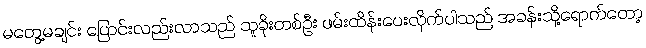
မတွေ့မချင်း ပြောင်းလည်းလာသည် သူခိုးတစ်ဦး ဖမ်းထိန်းပေးလိုက်ပါသည် အခန်းသို့ရောက်တော့